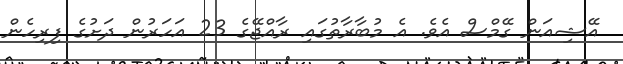
އޭޝިއަން ގޭމްސް އެވެ. އެ މުބާރާތުގައި ރާއްޖޭގެ 23 އަހަރުން ދަށުގެ ފިރިހެން